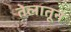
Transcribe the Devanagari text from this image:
तेलातून